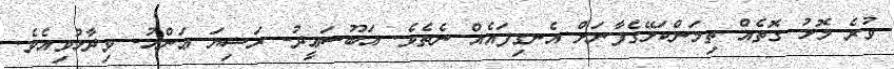
ވުރެ މޮޅު ގޮތެއް ތިމަންކަލޭގެފާނަށް އެނގިފައެއް ނެތެވެ. އަބޫސަޢީދު- ރަޟިޔަ ޢަންހު- ވިދާޅުވިއެވެ.